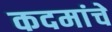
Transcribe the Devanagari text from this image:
कदमांचे